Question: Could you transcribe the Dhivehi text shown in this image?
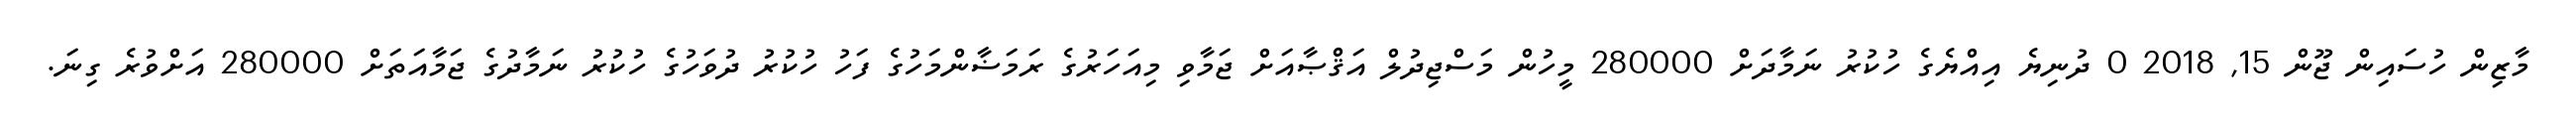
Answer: މާޒިން ހުސައިން ޖޫން 15, 2018 0 ދުނިޔެ އިއްޔެގެ ހުކުރު ނަމާދަށް 280000 މީހުން މަސްޖިދުލް އަޤްޞާއަށް ޖަމާވި މިއަހަރުގެ ރަމަޟާންމަހުގެ ފަހު ހުކުރު ދުވަހުގެ ހުކުރު ނަމާދުގެ ޖަމާއަތަށް 280000 އަށްވުރެ ގިނަ.